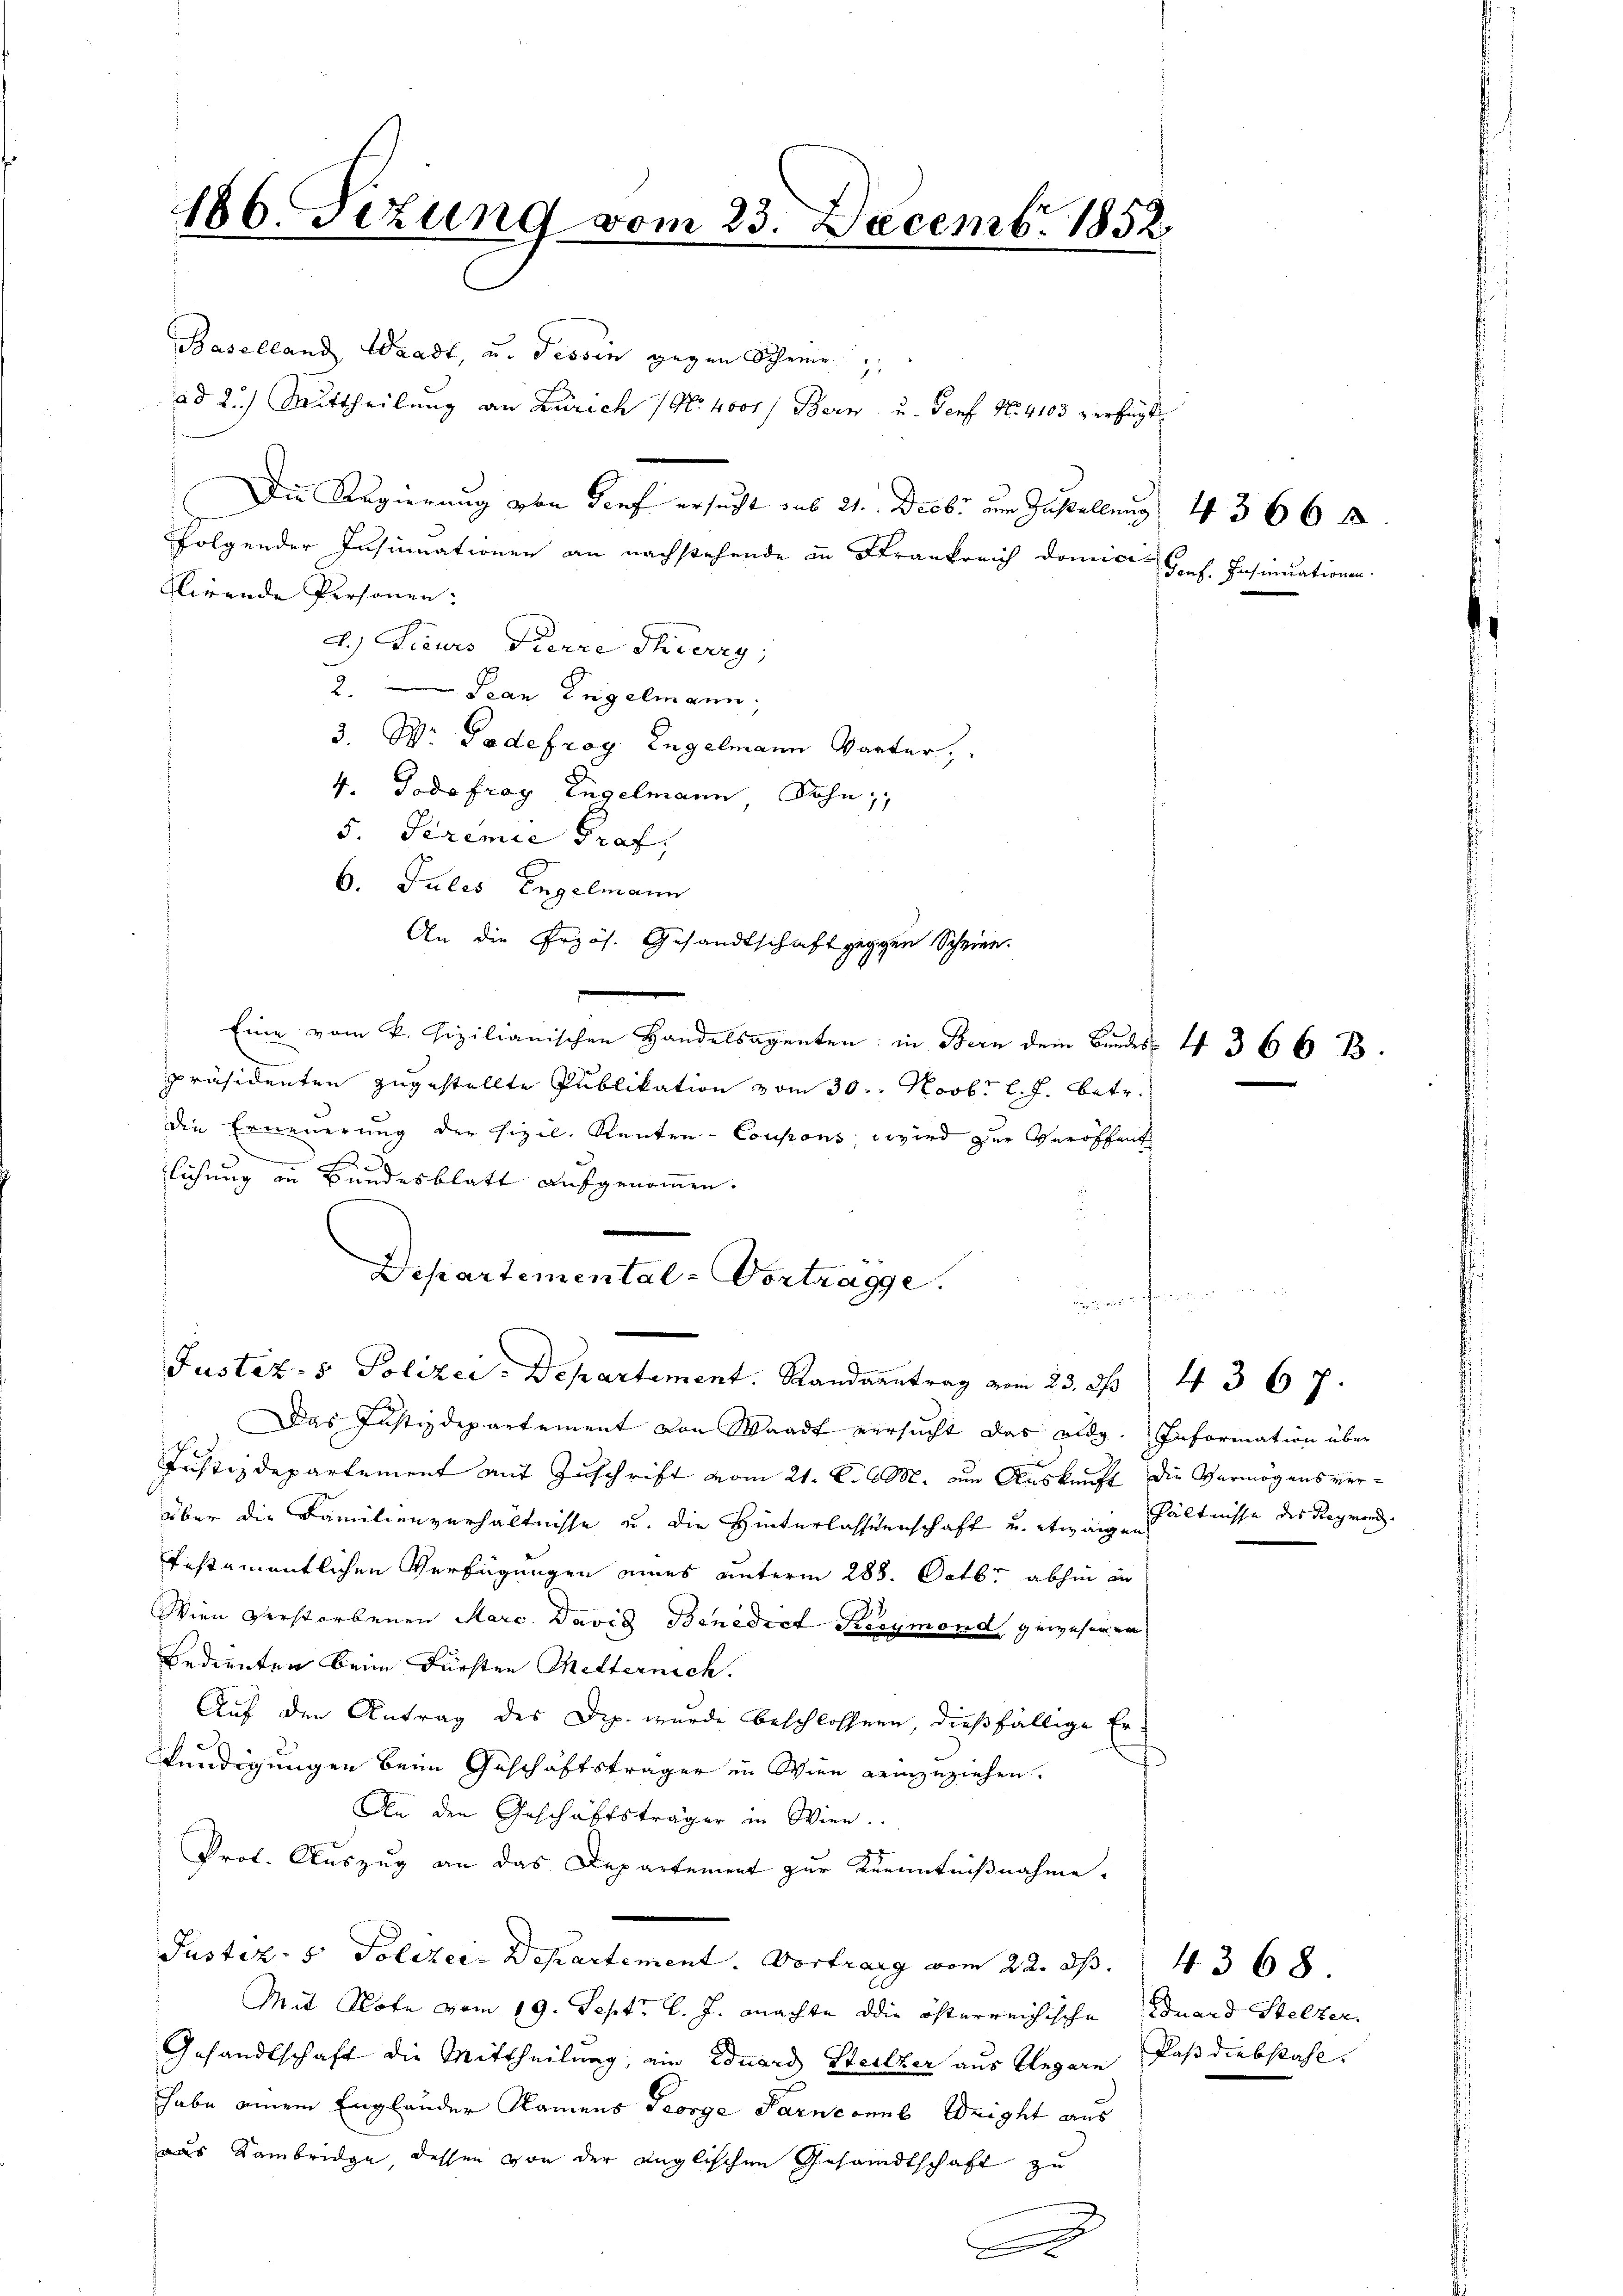
186. Fezung vom 23. Decemb. 1852.

Baselland Waadt, u. Tessin gegen Schreie
ad 2.) Mittheilung an Zürich No. 4000f Bern u. Genf No. 4103 verfügt
Die Regierung von Tief ersucht aus 21. Decbr um Zustellung 4 366 f.
folgender Insinuationen an nachstehende in Frankreich domici
Glirende Personen:
d.) Lieurs Pierre Thierig,
2. Jean Engelmann,
3. W. Podefrag. Engelmann Warter,
4. Tode fray Engelmann, Sohn,
5. Seremie Prof.
6. Jules Engelmann
An die Przös. Gesandtschaft gegen Scheine.
Eine vom k. Fizilianischen Handelsagenten in Bern dem Bundes I 366 B.
präsidenten zugestellte Publikation vom 30. Novbr l. J. betr.
die Erneuerung der Fizil. Renten-Coupons wird zur Veröffent
.
lichung in Bundesblatt aufgenommen.
Departemental-Vortragge

Justiz- & Polizei- Departement. Stadtrag vom 23. S. 4367.

Das Justizdepartement von Waadt versucht das eidg. Information über
Justizdepartement mit Zuschrift vom 21. d. M. am Auskunft die Vermögensverüber die Familienverhältnisse u. die Hinterlassenschaft u. etwaig hältnisse des Reymond
testamentlichen Verfügungen eines unterm 288. Octbr. abhin in
Wien verstorbenen Marc. David Benedict Keeymond gewesenen
bedienten beim Fürsten Mitternich
Auf den Antrag des Dip. wurde beschlossen, dießfällige Er-
t
kündigungen beim Geschäftsträger in Wien einzuziehen.
An den Geschäftsträger in Wien.
Prof. Auszug an das Departement zur Kenntnißnahme.
Justiz- & Polizei Departement. Vortrang vom 22. ds.
Mit Note vom 19. Sept. l. J. machte die öfterreichische Eduard Stelzer,
Gesandtschaft die Mittheilung, ein Eduard Heilzer aus Ungarn, daß diebstahl.
habe einem Englander Namens George Parnkones Weight aus
aus Rambridge, dessen von der anglischen Gesandtschaft zu
A

Gonf. Insinuationen.

4368.